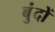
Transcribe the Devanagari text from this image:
बुंदों